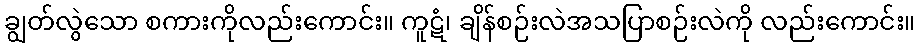
ချွတ်လွဲသော စကားကိုလည်းကောင်း။ ကူဋံ၊ ချိန်စဉ်းလဲအသပြာစဉ်းလဲကို လည်းကောင်း။